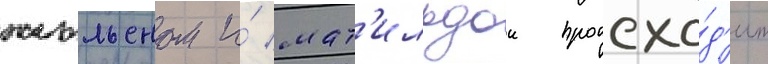
жюльеном и́ мат'ильдои происхо́д'ит